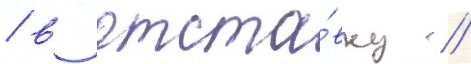
/ в отста́вку //